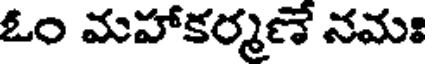
ఓం మహాకర్మణే నమః